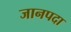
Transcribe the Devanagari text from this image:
जानपदा